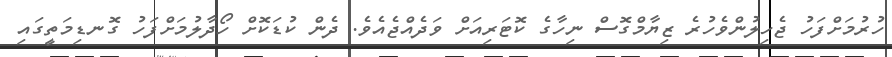
ހުރުމަށްފަހު ޖެހިލުންވެހުރެ ޒިޔާމްގޮސް ނިހާގެ ކޮޓަރިއަށް ވަދެއްޖެއެވެ. ދެން ކުޑަކޮށް ހޯދާލުމަށްފަހު ގޮނޑިމަތީގައި